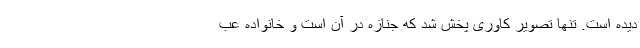
دیده است. تنها تصویر کاوری پخش شد که جنازه در آن است و خانواده عب